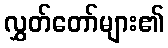
လွှတ်တော်များ၏